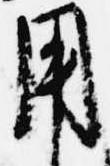
用